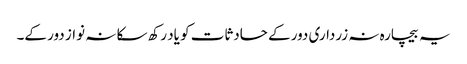
یہ بیچارہ نہ زرداری دور کے حادثات کو یاد رکھ سکا نہ نواز دور کے۔